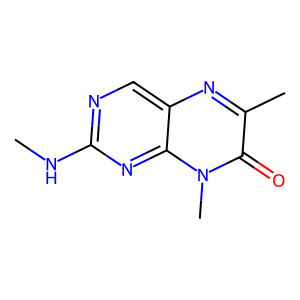
SMILES: CNc1ncc2nc(C)c(=O)n(C)c2n1
Inhibits HIV replication: No